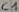
Text: C1